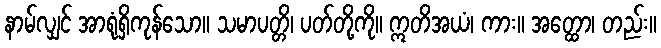
နာမ်လျှင် အာရုံရှိကုန်သော။ သမာပတ္တိ၊ ပတ်တို့ကို။ ဣတိအယံ၊ ကား။ အတ္ထော၊ တည်း။